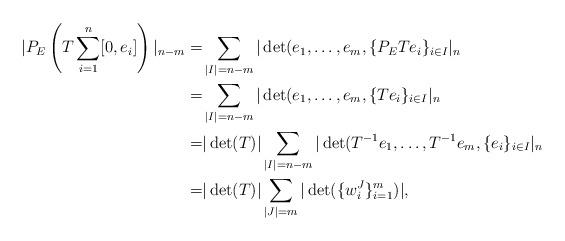
LaTeX: \begin{align*} |P_{E} \left(T \sum_{i=1}^n [0, e_i]\right)|_{n-m} = & \sum_{|I|=n-m} |\det(e_1, \dots, e_m, \{P_E T e_i\}_{i \in I}|_{n} \\=&\sum_{|I|=n-m} |\det(e_1, \dots, e_m, \{Te_i\}_{i \in I}|_{n}\\=& |\det(T)| \sum_{|I|=n-m} |\det(T^{-1}e_1, \dots, T^{-1} e_m, \{ e_i\}_{i \in I}|_{n} \\=& |\det(T)| \sum_{|J|=m}|\det(\{w_i^J\}_{i=1}^m)|,\end{align*}